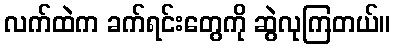
လက်ထဲက ခက်ရင်းတွေကို ဆွဲလုကြတယ်။